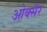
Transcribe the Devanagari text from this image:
ओक्सैर